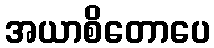
အယာစိတောပေ